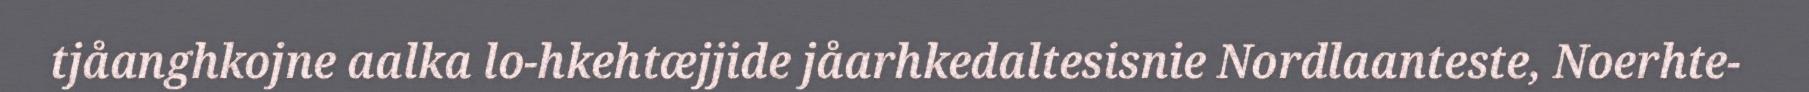
tjåanghkojne aalka lo-hkehtæjjide jåarhkedaltesisnie Nordlaanteste, Noerhte-